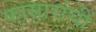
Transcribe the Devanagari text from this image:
कासारांचीं